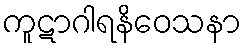
ကူဋာဂါရနိဝေသနာ